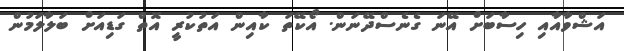
އަޝްވާއާއި ހިސާބަށް އޭނަ ގެނެސްދޭނަން. އޯކޭތަ ކާއިން އަތުކުރީ އޮތް ގަޑިއަށް ބަލާލަމުން